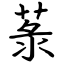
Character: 菉